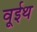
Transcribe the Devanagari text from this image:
वूईथ